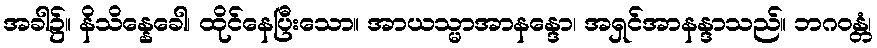
အခါ၌။ နိသိန္နေခေါ၊ ထိုင်နေပြီးသော။ အာယသ္မာအာနန္ဒော၊ အရှင်အာနန္ဒာသည်။ ဘဂဝန္တံ၊